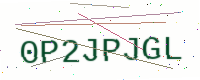
Text: 0P2JPJGL